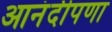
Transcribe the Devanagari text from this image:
आनंदीपणा